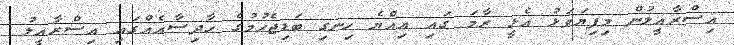
އިސްރާއީލުން މިފިޔަވަޅު އެޅީ ރާމަ ގައި އިއްޔެ ހިނގި ބަޑިޖެހުމުގެ ހާދިސާއެއްގައި އިސްރާއީލު